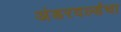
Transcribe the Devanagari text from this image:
अंडरवर्ल्डचा